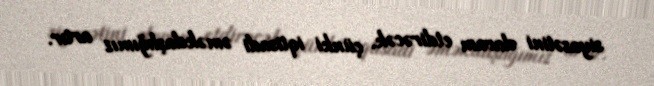
siyasətini davam etdirəcək, çünki iqtisadi əməkdaşlığımız artır.